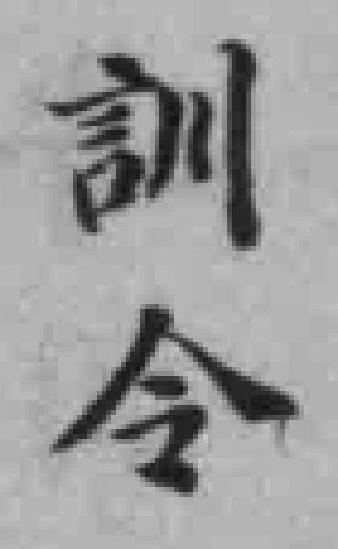
訓令